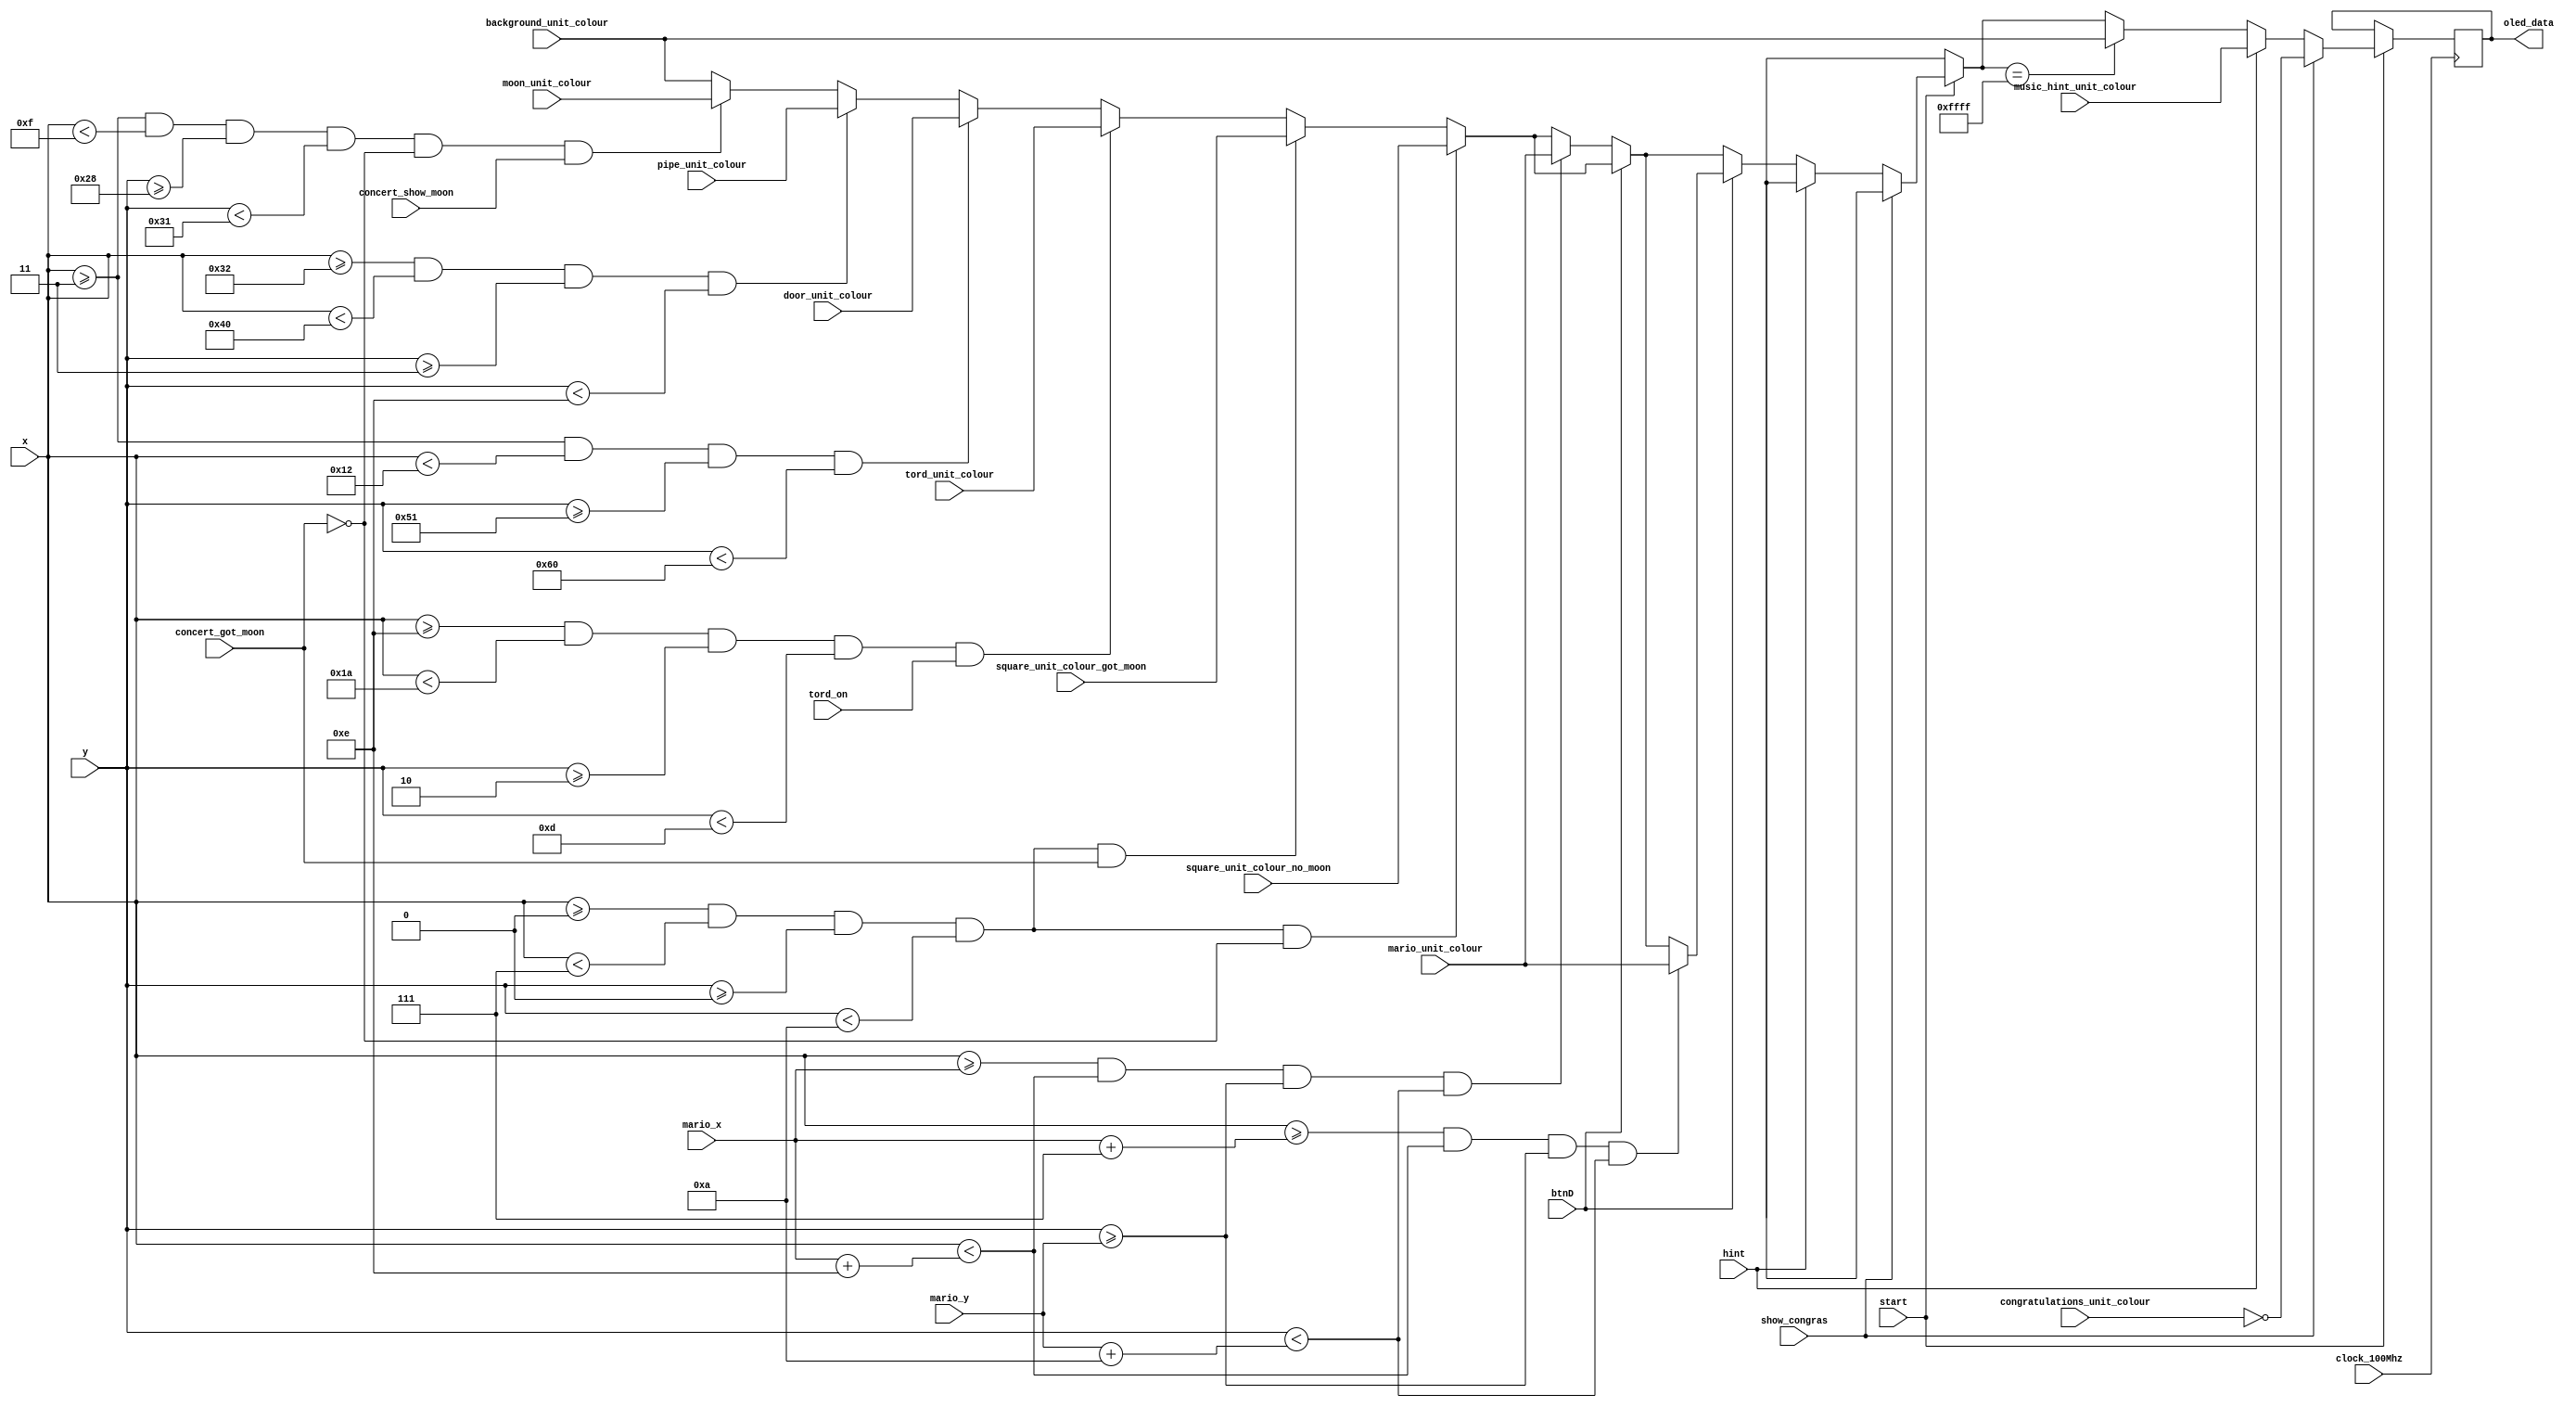
`timescale 1ns / 1ps
//////////////////////////////////////////////////////////////////////////////////
// Company: 
// Engineer: 
// 
// Design Name: 
// Module Name: concert_render
// Project Name: 
// Target Devices: 
// Tool Versions: 
// Description: 
// 
// Dependencies: 
// 
// Revision:
// Revision 0.01 - File Created
// Additional Comments:
// 
//////////////////////////////////////////////////////////////////////////////////


module concert_render(
input show_congras,
input start,
input concert_show_moon,
input tord_on,
input hint,
input concert_got_moon,
input btnD,
input clock_100Mhz,

input [15:0]mario_unit_colour,
input [15:0]background_unit_colour,
input [15:0]music_hint_unit_colour,
input [15:0]moon_unit_colour,    
input [15:0]pipe_unit_colour,
input [15:0]door_unit_colour,
input [15:0]tord_unit_colour,
input [15:0]square_unit_colour_no_moon,
input [15:0]square_unit_colour_got_moon,
input [15:0]congratulations_unit_colour,

input [5:0]mario_x,
input [6:0]mario_y,

output reg [15:0]oled_data,
input [5:0]x,
input [6:0]y
);
    parameter [5:0] moon_x = 3,pipe_x=50,door_x=3,square_x=0,tord_x=14;
    parameter [6:0] moon_y =40 ,pipe_y=3,door_y=81,square_y=0,tord_y=2;

always @(posedge clock_100Mhz)
begin

if(start) begin
if(~show_congras) begin

if (~hint)
begin
   oled_data = background_unit_colour;
     
   if(x >= moon_x && x< moon_x+12 && y>= moon_y && y< moon_y+9 && ~concert_got_moon && concert_show_moon) oled_data = moon_unit_colour;
   if(x >= pipe_x && x< pipe_x+14 && y>= pipe_y && y< pipe_y+11) oled_data = pipe_unit_colour;
   if (x >= door_x && x< door_x+15 && y>= door_y && y< door_y + 15) oled_data = door_unit_colour;
   if (x >= tord_x && x< tord_x+12 && y>= tord_y && y< tord_y + 11 && tord_on) oled_data = tord_unit_colour;
   
   if (x >= square_x && x< square_x+7 && y>= square_y && y< square_y + 10 && concert_got_moon) oled_data = square_unit_colour_got_moon;
   if (x >= square_x && x< square_x+7 && y>= square_y && y< square_y + 10 && ~concert_got_moon) oled_data = square_unit_colour_no_moon;
   
   if (btnD==0)
     if ( x >= mario_x && x< mario_x+14 && y>= mario_y && y< mario_y+10)  oled_data = mario_unit_colour;
   if (btnD==1)
     if (x >= mario_x+7 && x< mario_x+14 && y>= mario_y && y< mario_y+10)  oled_data = mario_unit_colour;
     
   if(oled_data == 16'hffff) oled_data = background_unit_colour;
   
end

else oled_data = music_hint_unit_colour;
end

if (show_congras) oled_data= ~congratulations_unit_colour;
end

end
endmodule